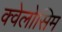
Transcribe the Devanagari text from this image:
क्वेलोसिम